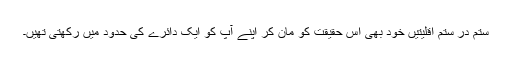
ستم در ستم اقلیتیں خود بھی اس حقیقت کو مان کر اپنے آپ کو ایک دائرے کی حدود میں رکھتی تھیں۔